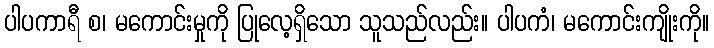
ပါပကာရီ စ၊ မကောင်းမှုကို ပြုလေ့ရှိသော သူသည်လည်း။ ပါပကံ၊ မကောင်းကျိုးကို။